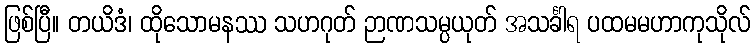
ဖြစ်ပြီ။ တယိဒံ၊ ထိုသောမနဿ သဟဂုတ် ဉာဏသမ္ပယုတ် အသင်္ခါရ ပထမမဟာကုသိုလ်